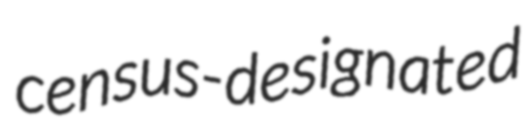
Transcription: census-designated